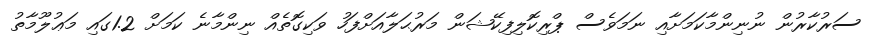
ސަރުކާރުން ނުނިންމާކަމަށާއި ނަމަވެސް ޕްރިކޮލިފިކޭޝަން މަރުޙަލާއަށްފަހު ވަކިގޮތެއް ނިންމާނެ ކަމަށް 1.2ގައި މަޢުލޫމާތު